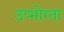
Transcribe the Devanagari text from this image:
उप्भोग्ता